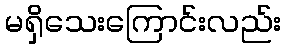
မရှိသေးကြောင်းလည်း